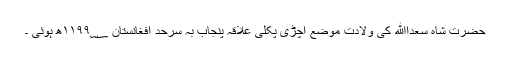
حضرت شاہ سعداﷲؒ کی ولادت موضع اچڑی پکلی علاقۂ پنجاب بہ سرحد افغانستان ۱۱۹۹؁ھ ہوئی ۔